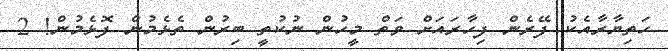
ހަތިޔާރާއެކު ފޭރެން ފިހާރައަށް ވަތް މީހުން ނުކުތީ ބިރުން ތެޅެމުން ފޮޅެމުން! 2